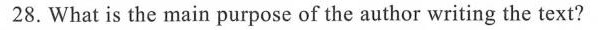
28.What is the main purpose of the author writing the text?